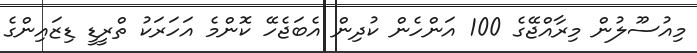
މިއުސޫލުން މިރާއްޖޭގެ 100 އަންހެން ކުދިން އެބަޖެހޭ ކޮންމެ އަހަރަކު ތްރީޑީ ޑިޒައިންގެ